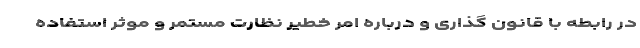
در رابطه با قانون گذاری و درباره امر خطیر نظارت مستمر و موثر استفاده